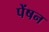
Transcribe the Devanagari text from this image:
पेंषन